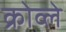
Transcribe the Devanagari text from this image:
क्रोव्ले